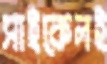
সাইকেলই